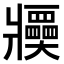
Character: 𤖤